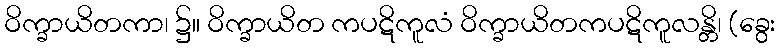
ဝိက္ခာယိတကာ၊ ၌။ ဝိက္ခာယိတ ကပဋိကူလံ ဝိက္ခာယိတကပဋိကူလန္တိ၊ (ခွေး